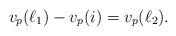
LaTeX: \begin{align*}v_p(\ell_1)-v_p(i)=v_p(\ell_2).\end{align*}